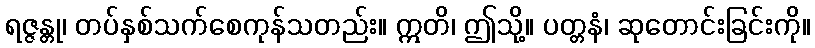
ရဇ္ဇန္တု၊ တပ်နှစ်သက်စေကုန်သတည်း။ ဣတိ၊ ဤသို့။ ပတ္တနံ၊ ဆုတောင်းခြင်းကို။